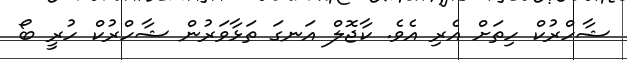
ޝާހްރުކް ހިތަށް އެރި އެވެ. ކާޖޮލް އަނގަ ތަޅާވަރުން ޝާހްރުކް ހުރީ ބޯ